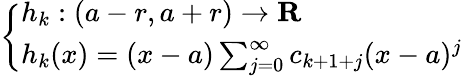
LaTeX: \left\{ \begin{array}{ll}{h_{k}:(a-r,a+r)\to\mathbf{R}}\\ {h_{k}(x)=(x-a)\sum_{j=0}^{\infty}c_{k+1+j}(x-a)^{j}}\end{array}\right.